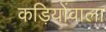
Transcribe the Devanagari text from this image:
कड़ियोंवाला